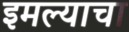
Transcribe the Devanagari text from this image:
इमल्याचा